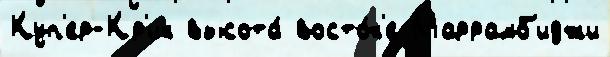
Куп'ер-Кр'ик высота́ восто́к'е Маррамб'иджи